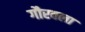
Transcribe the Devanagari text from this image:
गौरवला